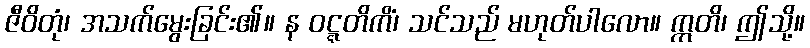
ဇီဝိတုံ၊ အသက်မွေးခြင်း၏။ န ဝဋ္ဋတိကိံ၊ သင်သည် မဟုတ်ပါလော။ ဣတိ၊ ဤသို့။